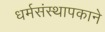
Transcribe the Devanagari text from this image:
धर्मसंस्थापकाने